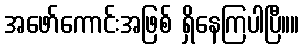
အဖော်ကောင်းအဖြစ် ရှိနေကြပါပြီ။။